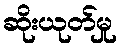
ဆိုးယုတ်မှု